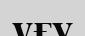
ұғу